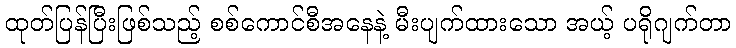
ထုတ်ပြန်ပြီးဖြစ်သည့် စစ်ကောင်စီအနေနဲ့ မီးပျက်ထားသော အယ့် ပရိုဂျက်တာ